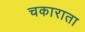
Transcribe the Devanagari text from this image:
चकाराता